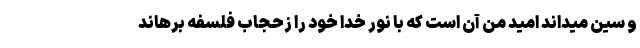
و سین میداند امید من آن است که با نور خدا خود را زحجاب فلسفه برهاند